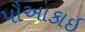
પૌઆકાઇ